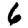
Digit: 6